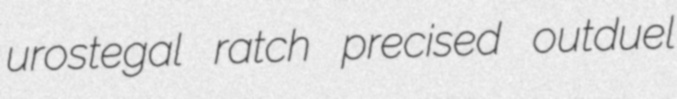
urostegal ratch precised outduel